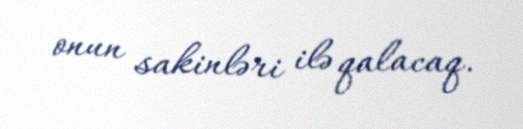
onun sakinləri ilə qalacaq.